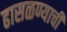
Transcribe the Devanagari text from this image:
ढासळण्याची